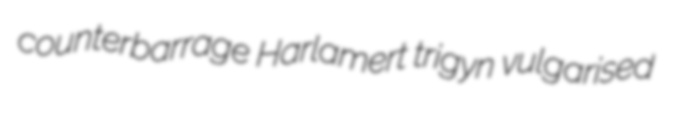
counterbarrage Harlamert trigyn vulgarised